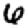
Digit: 6